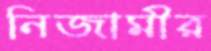
নিজামীর